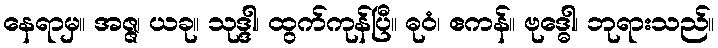
နေရာမှ။ အဇ္ဇ၊ ယခု။ သုဒ္ဒါ၊ ထွက်ကုန်ပြီ။ ဓုဝံ၊ ဧကန်။ ဗုဒ္ဓေါ၊ ဘုရားသည်။